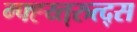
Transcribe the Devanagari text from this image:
ग्फ्ह्य्त्रुत्द्स